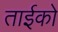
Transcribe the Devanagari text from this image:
ताईको